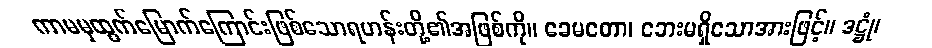
ကာမမှထွက်မြောက်ကြောင်းဖြစ်သောရဟန်းတို့၏အဖြစ်ကို။ ခေမတော၊ ဘေးမရှိသောအားဖြင့်။ ဒဋ္ဌုံ၊